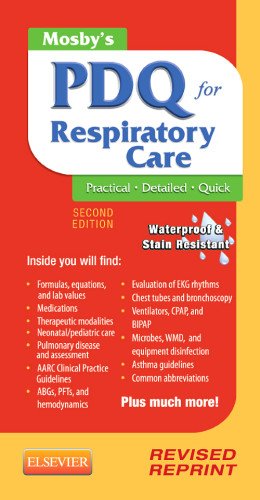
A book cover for Mosby's PDQ for Respiratory Care - Revised Reprint, 2e; Helen Schaar Corning RRT; Medical Books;